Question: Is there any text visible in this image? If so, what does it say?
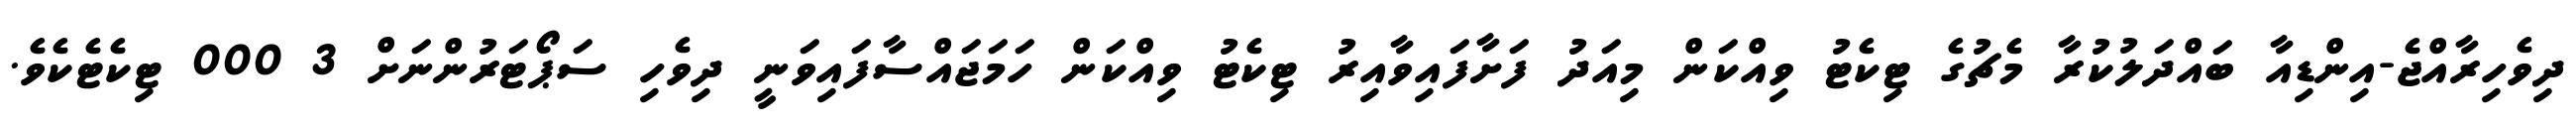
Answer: ދިވެހިރާއްޖެ-އިންޑިއާ ބައްދަލުކުރާ މެޗުގެ ޓިކެޓު ވިއްކަން މިއަދު ފަށާފައިވާއިރު ޓިކެޓު ވިއްކަން ހަމަޖައްސާފައިވަނީ ދިވެހި ސަޕޯޓަރުންނަށް 3 000 ޓިކެޓެކެވެ.